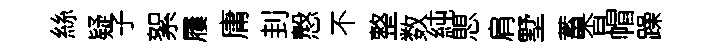
絲疑子絮屨庸刲慤不整数純愳肩墅蓄杳帽躁